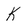
Character: K